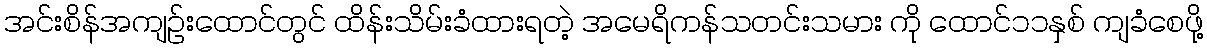
အင်းစိန်အကျဉ်းထောင်တွင် ထိန်းသိမ်းခံထားရတဲ့ အမေရိကန်သတင်းသမား ကို ထောင်၁၁နှစ် ကျခံစေဖို့